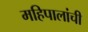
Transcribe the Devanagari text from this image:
महिपालांची